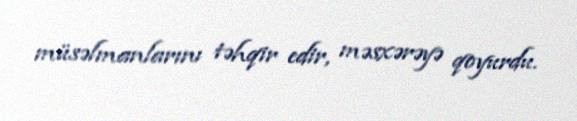
müsəlmanlarını təhqir edir, məsxərəyə qoyurdu.